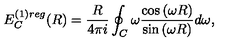
E _ { C } ^ { ( 1 ) r e g } ( R ) = \frac { R } { 4 \pi i } \oint _ { C } ^ { } \omega \frac { \cos { ( \omega R ) } } { \sin { ( \omega R ) } } d \omega ,